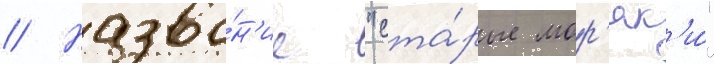
// Назва́н'ие "ста́рые мор'як'и́"